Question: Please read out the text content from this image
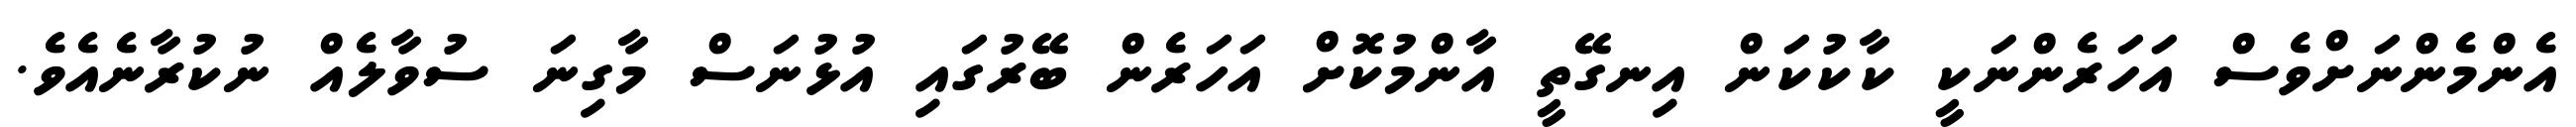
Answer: އެންމެންނަށްވެސް އަހަރެންނަކީ ކާކުކަން އިނގޭތީ އާންމުކޮށް އަހަރެން ބޭރުގައި އުޅުނަސް މާގިނަ ސުވާލެއް ނުކުރާނެއެވެ.